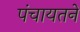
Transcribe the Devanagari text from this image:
पंचायतने